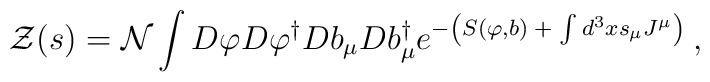
{\cal Z}(s)={\cal N}\int D\varphi D\varphi ^{\dagger }Db_\mu Db_\mu^{\dagger }e^{-\left( S(\varphi ,b)\;+\;\int d^3xs_\mu J^\mu \right)\;},